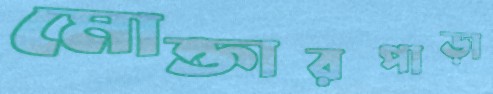
মোক্তারপাড়া